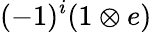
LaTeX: (-1)^{i}(1\otimes e)